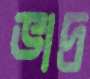
ভাদ্র